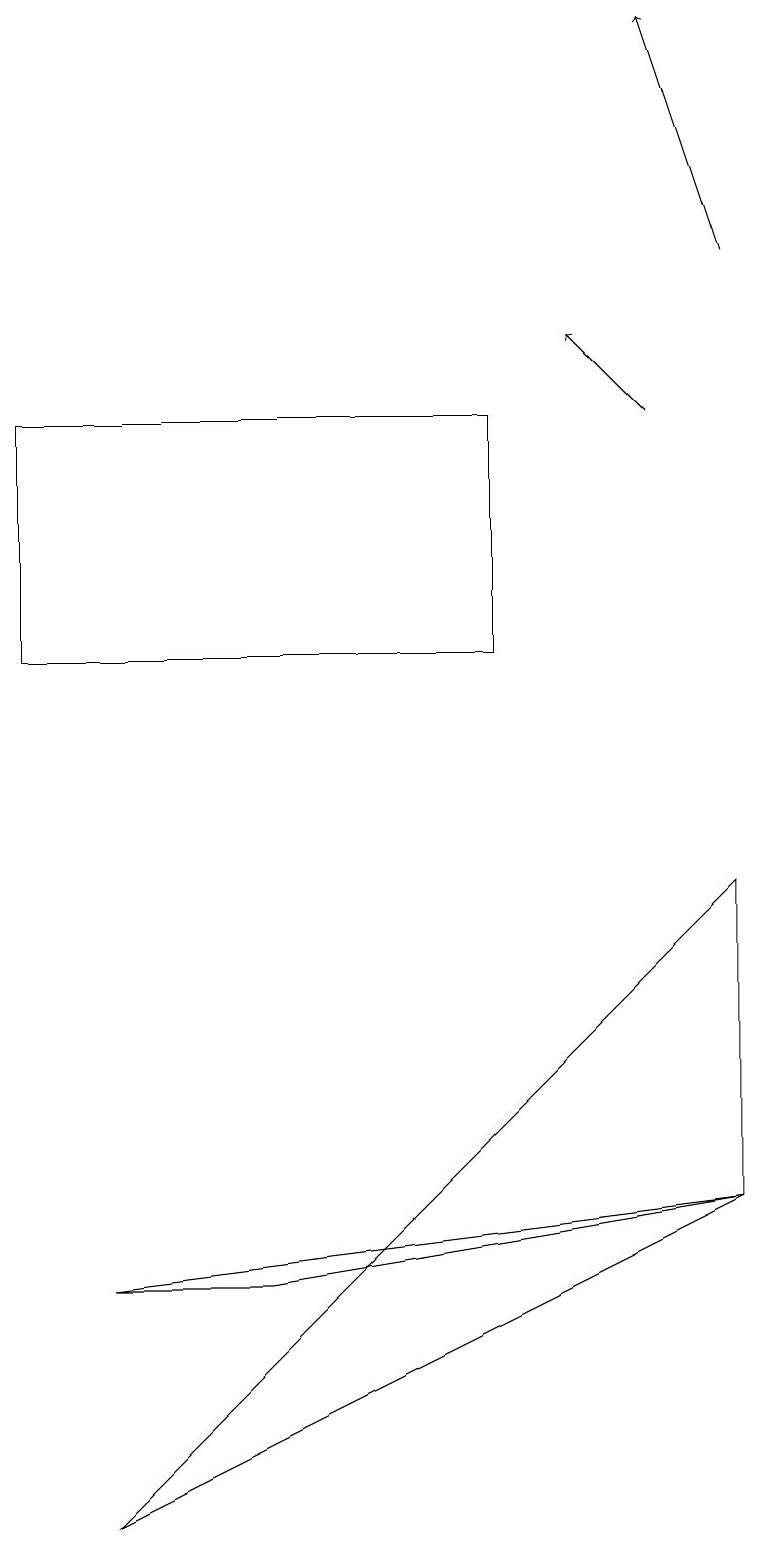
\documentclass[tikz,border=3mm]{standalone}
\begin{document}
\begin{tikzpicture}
\draw[->] (8,14) -- (7,15);
\draw (6,11) rectangle (0,14);
\draw[->] (9,16) -- (8,19);
\draw (9,8) -- (1,0) -- (9,4) -- cycle;
\draw (3,3) -- (1,3) -- (9,4) -- cycle;
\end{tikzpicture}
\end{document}